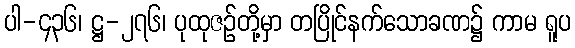
ပါ-၄၃၆၊ ဋ္ဌ-၂၇၆၊ ပုထုဇဉ်တို့မှာ တပြိုင်နက်သောခဏ၌ ကာမ ရူပ